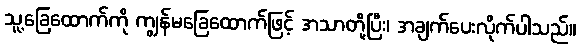
သူ့ခြေထောက်ကို ကျွန်မခြေထောက်ဖြင့် အသာတို့ပြီး၊ အချက်ပေးလိုက်ပါသည်။